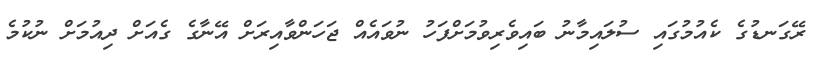
ރޭގަނޑުގެ ކެއުމުގައި ސުލައިމާނު ބައިވެރިވުމަށްފަހު ނުވައެއް ޖަހަންވާއިރަށް އޭނާގެ ގެއަށް ދިއުމަށް ނުކުމެ